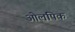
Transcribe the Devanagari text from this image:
ओलपिक